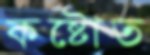
কষ্টোত